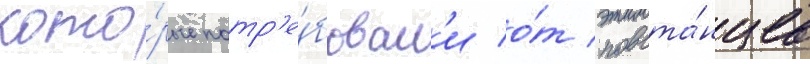
кото́рые потр'е́бовал'и о́т повста́нцев